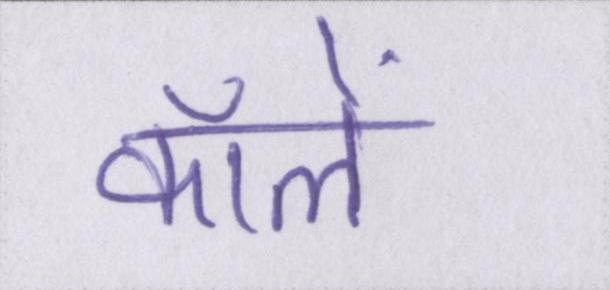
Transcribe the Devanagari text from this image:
कॉलें